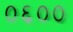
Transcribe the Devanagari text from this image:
०६००